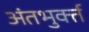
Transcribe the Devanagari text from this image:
अंतभुर्क्त